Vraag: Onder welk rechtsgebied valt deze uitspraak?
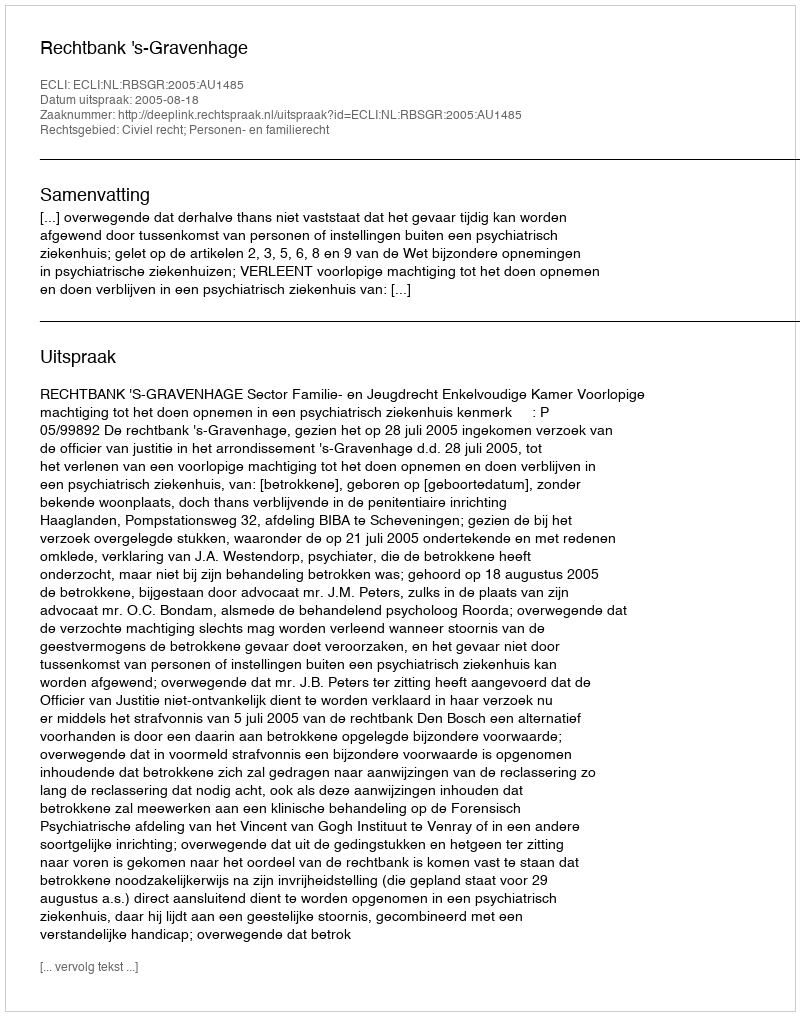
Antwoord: Civiel recht; Personen- en familierecht